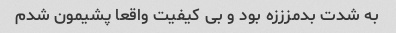
به شدت بدمزززه بود و بی کیفیت واقعا پشیمون شدم